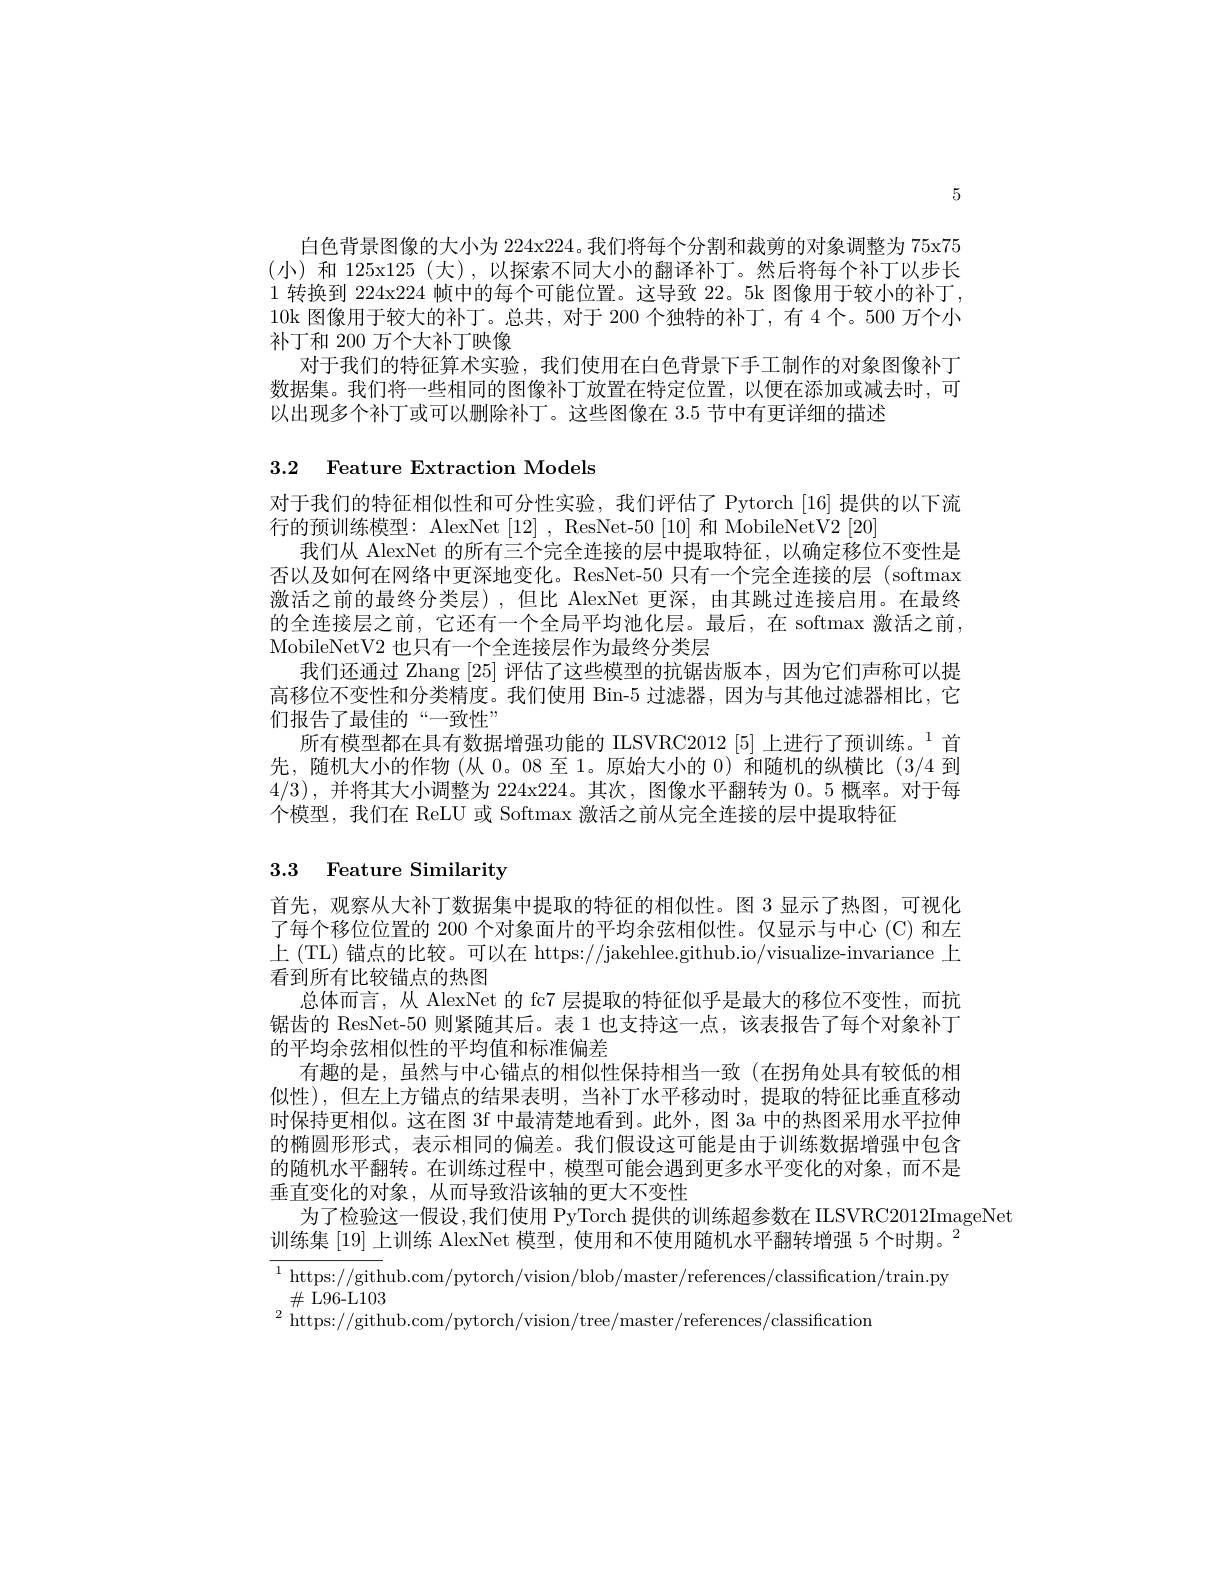
5

白色背景图像的大小为 224x224。我们将每个分割和裁剪的对象调整为 75x75 (小)和 125x125(大),以探索不同大小的翻译补丁。然后将每个补丁以步长1 转换到 224x224 帧中的每个可能位置。这导致 22。5k 图像用于较小的补丁， 10k 图像用于较大的补丁。总共，对于 200 个独特的补丁，有 4 个。500 万个小补丁和 200 万个大补丁映像
对于我们的特征算术实验，我们使用在白色背景下手工制作的对象图像补丁数据集。我们将一些相同的图像补丁放置在特定位置，以便在添加或减去时，可以出现多个补丁或可以删除补丁。这些图像在3.5节中有更详细的描述

## 3.2 Feature Extraction Models

对于我们的特征相似性和可分性实验，我们评估了 Pytorch [16] 提供的以下流
行的预训练模型：AlexNet [12], ResNet-50 [10] 和 MobileNetV2 [20]
我们从 AlexNet 的所有三个完全连接的层中提取特征，以确定移位不变性是否以及如何在网络中更深地变化。ResNet-50 只有一个完全连接的层 (softmax 激活之前的最终分类层),但比 AlexNet 更深，由其跳过连接启用。在最终的全连接层之前，它还有一个全局平均池化层。最后，在 softmax 激活之前， MobileNetV2 也只有一个全连接层作为最终分类层
我们还通过 Zhang [25]评估了这些模型的抗锯齿版本，因为它们声称可以提高移位不变性和分类精度。我们使用 Bin-5 过滤器，因为与其他过滤器相比，它们报告了最佳的“一致性”
所有模型都在具有数据增强功能的 ILSVRC2012 [5] 上进行了预训练。$^{1}$首先，随机大小的作物(从 0。08至 1。原始大小的 0)和随机的纵横比(3/4 到4/3),并将其大小调整为 224x224。其次，图像水平翻转为 0。5 概率。对于每个模型，我们在 ReLU 或 Softmax 激活之前从完全连接的层中提取特征

## 3.3 Feature Similarity

首先，观察从大补丁数据集中提取的特征的相似性。图 3 显示了热图，可视化了每个移位位置的 200 个对象面片的平均余弦相似性。仅显示与中心(C)和左上 (TL) 锚点的比较。可以在 https://jakehlee.github.io/visualize-invariance上看到所有比较锚点的热图
总体而言，从 AlexNet 的 fc7 层提取的特征似乎是最大的移位不变性，而抗锯齿的 ResNet-50 则紧随其后。表 1 也支持这一点，该表报告了每个对象补丁的平均余弦相似性的平均值和标准偏差
有趣的是，虽然与中心锚点的相似性保持相当一致(在拐角处具有较低的相似性),但左上方错点的结果表明，当补丁水平移动时，提取的特征比垂直移动时保持更相似。这在图 3f 中最清楚地看到。此外，图 3a 中的热图采用水平拉伸的椭圆形形式，表示相同的偏差。我们假设这可能是由于训练数据增强中包含的随机水平翻转。在训练过程中，模型可能会遇到更多水平变化的对象，而不是垂直变化的对象，从而导致沿该轴的更大不变性
为了检验这一假设，我们使用 PyTorch 提供的训练超参数在 ILSVRC2012ImageNet
训练集[19]上训练 AlexNet 模型，使用和不使用随机水平翻转增强 5 个时期。$^2$ ${^{1}\text{ https://github.com/pytorch/vision/blob/master/references/classification/train.py}}$ $\#$L96-L103
$^{2}$ https://github.com/pytorch/vision/tree/master/references/classification